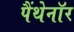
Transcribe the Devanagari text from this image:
पैंथेनॉर